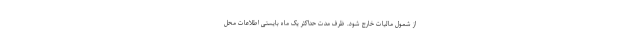
از شمول مالیات خارج شود. ظرف مدت حداکثر یک ماه بایستی اطلاعات محل